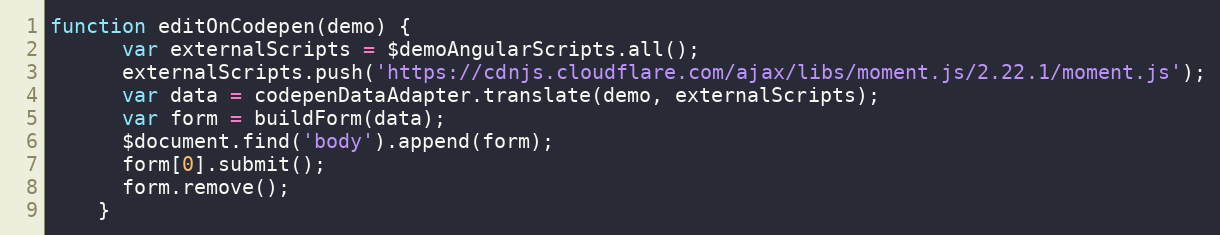
Language: JavaScript
function editOnCodepen(demo) {
      var externalScripts = $demoAngularScripts.all();
      externalScripts.push('https://cdnjs.cloudflare.com/ajax/libs/moment.js/2.22.1/moment.js');
      var data = codepenDataAdapter.translate(demo, externalScripts);
      var form = buildForm(data);
      $document.find('body').append(form);
      form[0].submit();
      form.remove();
    }